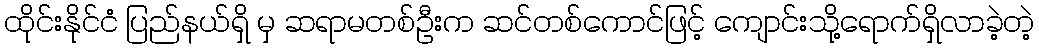
ထိုင်းနိုင်ငံ ပြည်နယ်ရှိ မှ ဆရာမတစ်ဦးက ဆင်တစ်ကောင်ဖြင့် ကျောင်းသို့ရောက်ရှိလာခဲ့တဲ့